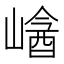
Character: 𡻡